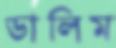
ডালিম